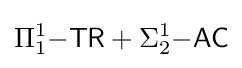
\Pi _{1}^{1}{\mathsf {-TR}}+\Sigma _{2}^{1}{\mathsf {-AC}}